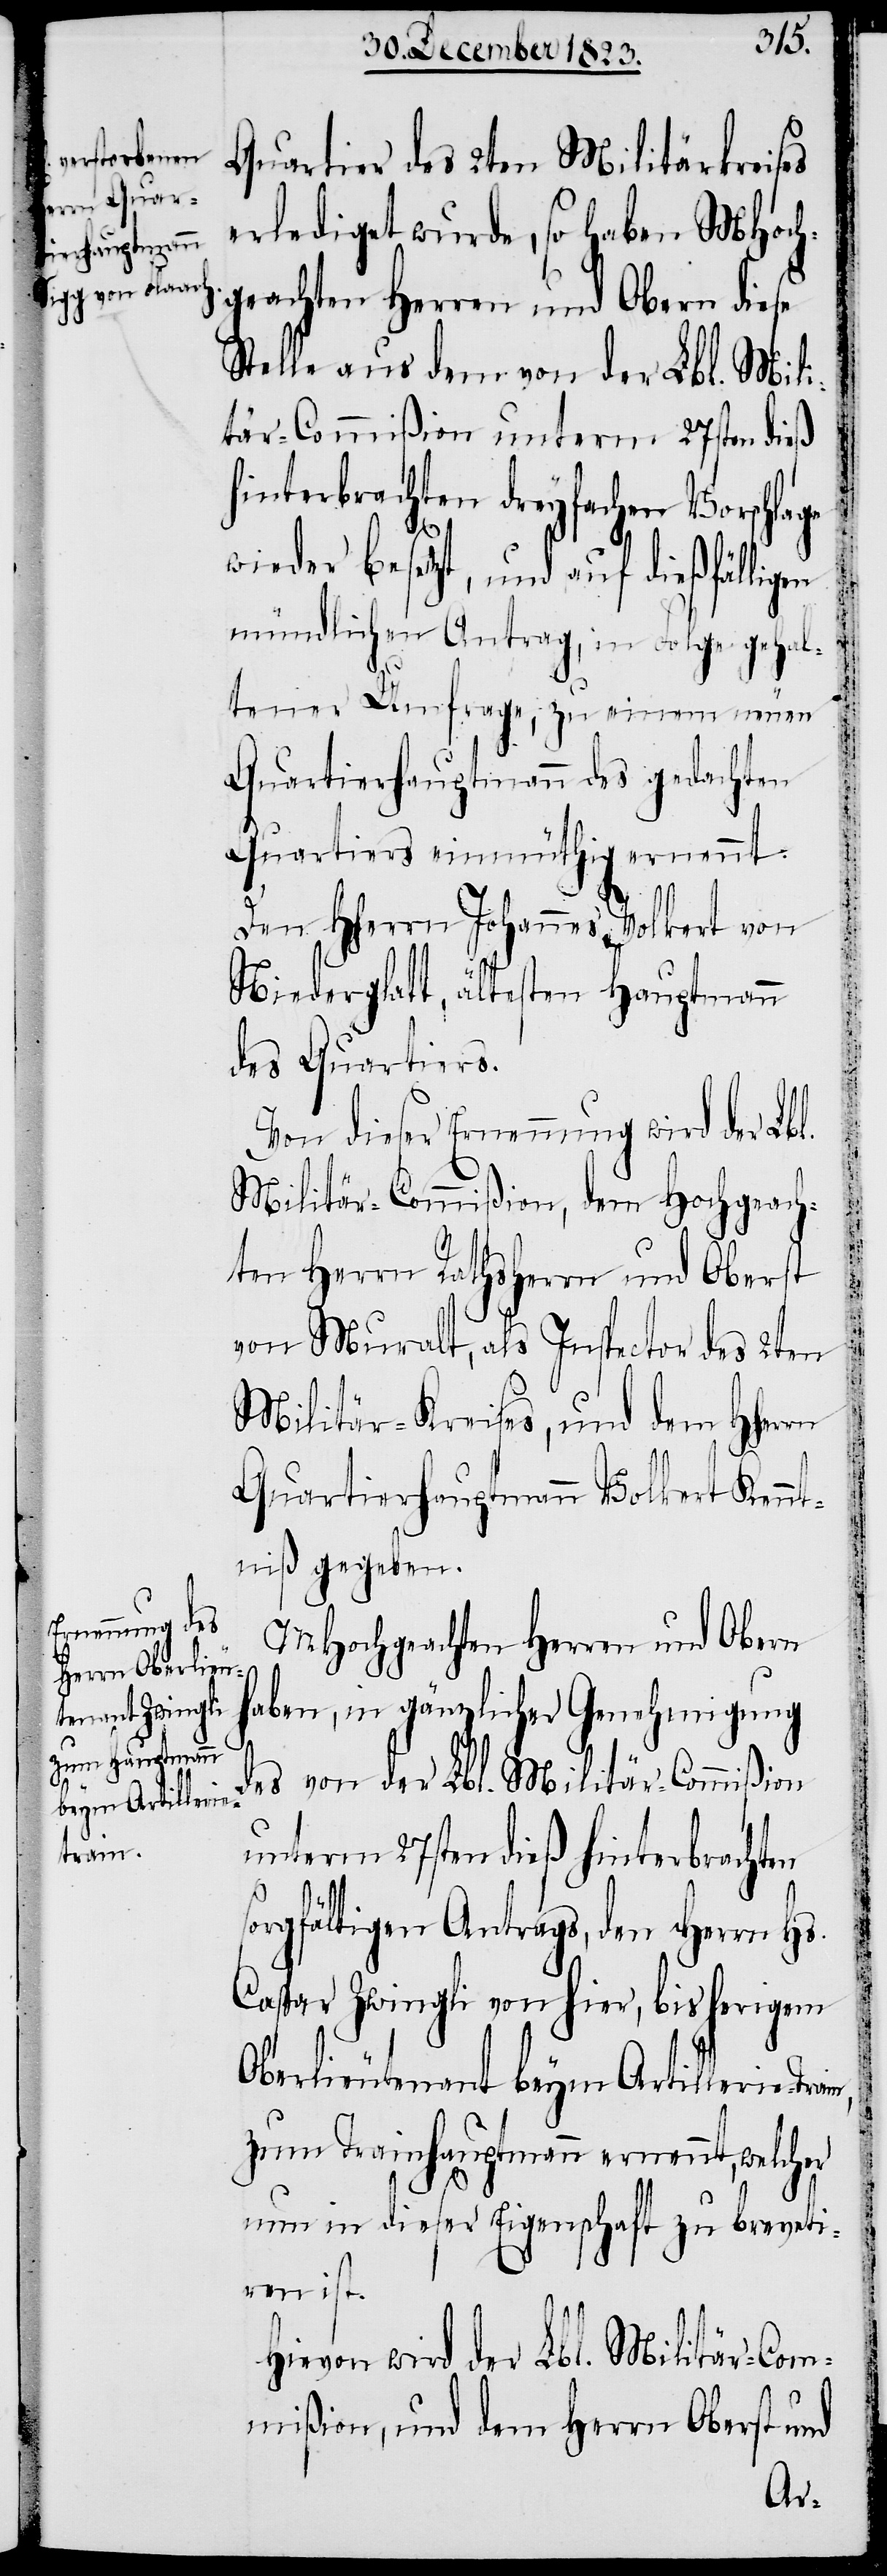
Quartier des 2ten Militärkreises
erlediget wurde, so haben MHoch¬
geachten Herren und Obern diese
Stelle aus dem von der Lbl. Mili¬
tär-Commißion unterm 27sten dieß
hinterbrachten dreyfachen Vorschlage
wieder besetzt, und auf dießfälligen
mündlichen Antrag, in Folge gehal¬
tener Umfrage, zu einem neuen
Quartierhauptmann des gedachten
Quartiers einmüthig ernennt:
Den Hherrn Johannes Volkert von
Niederglatt, ältesten Hauptmann
des Quartiers.
Von dieser Ernennung wird der Lbl.
Militär-Commißion, dem Hochgeach¬
s¬
ten Herrn Rathsherrn und Oberst
von Muralt, als Inspector des 2ten
Militär-Kreises, und dem Hherrn
Quartierhauptmann Volkert Kennt¬
niß gegeben.
MHochgeachten Herren und Obern
haben, in gänzlicher Genehmigung
des von der Lbl. Militär-Commißion
ain,
unterm 27sten dieß hinterbrachten
orgfältigen Antrags, den Herrn Hs.
Caspar Zwingli von hier, bisherigem
Oberlieutenant beym Artillerie-Tr¬
zum Trainhauptmann ernennt, welcher
nun in dieser Eigenschaft zu breveti¬
ren ist.
Hievon wird der Lbl. Militär-Com¬
mißion, und dem Herrn Oberst und